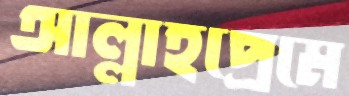
আল্লাহপ্রেমে